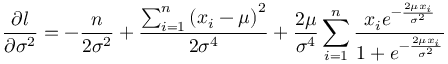
{ \frac { \partial l } { \partial \sigma ^ { 2 } } } = - { \frac { n } { 2 \sigma ^ { 2 } } } + { \frac { \sum _ { i = 1 } ^ { n } \left( x _ { i } - \mu \right) ^ { 2 } } { 2 \sigma ^ { 4 } } } + { \frac { 2 \mu } { \sigma ^ { 4 } } } \sum _ { i = 1 } ^ { n } { \frac { x _ { i } e ^ { - { \frac { 2 \mu x _ { i } } { \sigma ^ { 2 } } } } } { 1 + e ^ { - { \frac { 2 \mu x _ { i } } { \sigma ^ { 2 } } } } } }